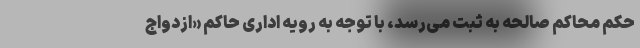
حکم محاکم صالحه به ثبت می‌رسد، با توجه به رویه اداری حاکم «ازدواج